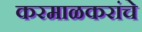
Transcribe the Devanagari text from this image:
करमाळकरांचे